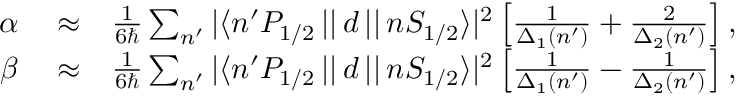
\begin{array} { r l r } { \alpha } & { { } \approx } & { \frac { 1 } { 6 \hbar } \sum _ { n ^ { \prime } } { | \langle n ^ { \prime } P _ { 1 / 2 } \, | | \, d \, | | \, n S _ { 1 / 2 } \rangle | ^ { 2 } } \left[ \frac { 1 } { \Delta _ { 1 } ( n ^ { \prime } ) } + \frac { 2 } { \Delta _ { 2 } ( n ^ { \prime } ) } \right] , } \\ { \beta } & { { } \approx } & { \frac { 1 } { 6 \hbar } \sum _ { n ^ { \prime } } { | \langle n ^ { \prime } P _ { 1 / 2 } \, | | \, d \, | | \, n S _ { 1 / 2 } \rangle | ^ { 2 } } \left[ \frac { 1 } { \Delta _ { 1 } ( n ^ { \prime } ) } - \frac { 1 } { \Delta _ { 2 } ( n ^ { \prime } ) } \right] , } \end{array}